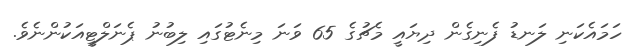
ހަމައެކަނި ލަނޑު ފެނިގެން ދިޔައީ މެޗުގެ 65 ވަނަ މިނެޓުގައި ލިބުނު ޕެނަލްޓީއަކުންނެވެ.